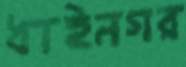
ধাইনগর